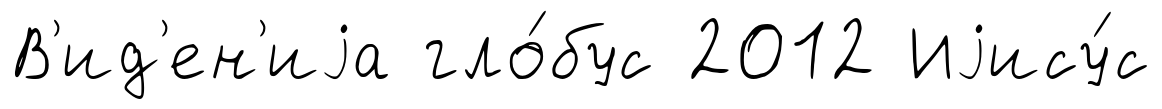
В'ид'ен'иjа гло́бус 2012 Иjису́с